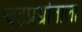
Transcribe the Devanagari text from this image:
चंडप्रद्योताला